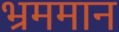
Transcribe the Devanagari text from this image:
भ्रममान